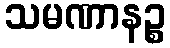
သမဏာနဉ္စ